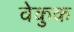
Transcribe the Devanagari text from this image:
वेकुक